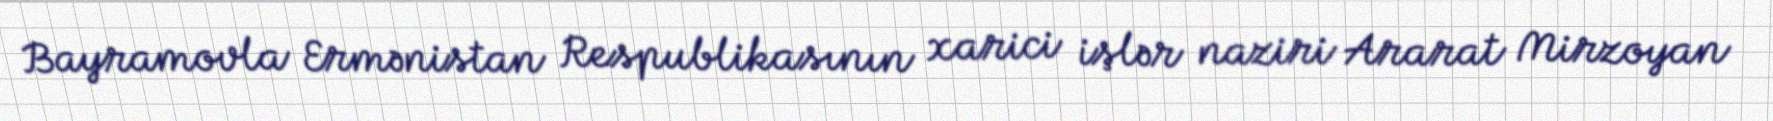
Bayramovla Ermənistan Respublikasının xarici işlər naziri Ararat Mirzoyan